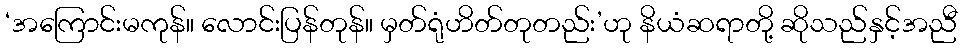
‘အကြောင်းမကုန်။ လောင်းပြန်တုန်။ မှတ်ရုံဟိတ်တုတည်း’ဟု နိယံဆရာတို့ ဆိုသည်နှင့်အညီ